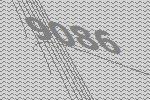
9086